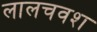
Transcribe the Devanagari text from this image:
लालचवश